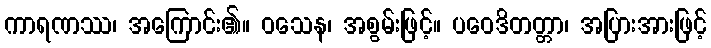
ကာရဏဿ၊ အကြောင်း၏။ ဝသေန၊ အစွမ်းဖြင့်။ ပဝေဒိတတ္တာ၊ အပြားအားဖြင့်